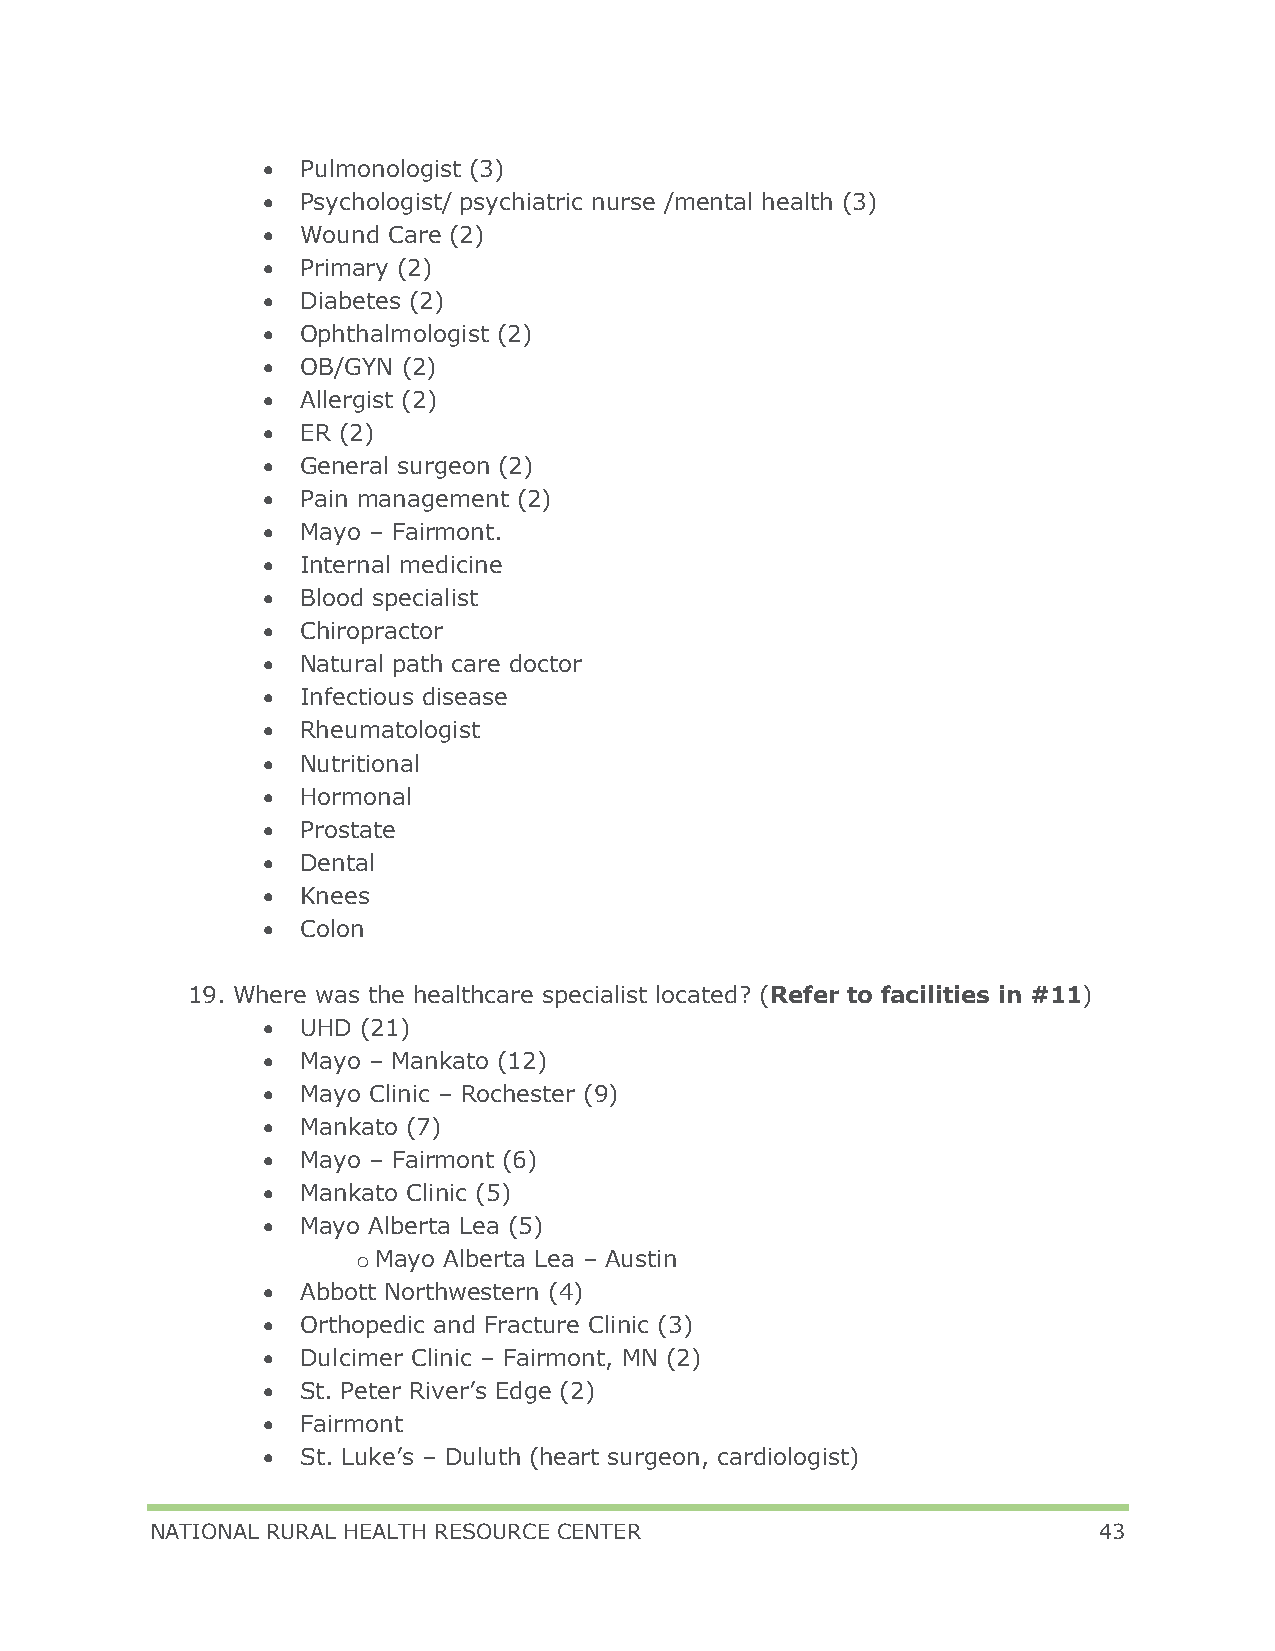
•  Pulmonologist (3)
 •  Psychologist/ psychiatric nurse /mental health (3)
 •  Wound Care (2)
 •  Primary (2)
 •  Diabetes (2)
 •  Ophthalmologist (2)
 •  OB/GYN (2)
 •  Allergist (2)
 •  ER (2)
 •  General surgeon (2)
 •  Pain management (2)
 •  Mayo – Fairmont.
 •  Internal medicine
 •  Blood specialist
 •  Chiropractor
 •  Natural path care doctor
 •  Infectious disease
 •  Rheumatologist
 •  Nutritional
 •  Hormonal
 •  Prostate
 •  Dental
 •  Knees
 •  Colon
 19. Where was the healthcare specialist located? (Refer to facilities in #11)
 •  UHD (21)
 •  Mayo – Mankato (12)
 •  Mayo Clinic – Rochester (9)
 •  Mankato (7)
 •  Mayo – Fairmont (6)
 •  Mankato Clinic (5)
 •  Mayo Alberta Lea (5)
 o Mayo Alberta Lea – Austin
 •  Abbott Northwestern (4)
 •  Orthopedic and Fracture Clinic (3)
 •  Dulcimer Clinic – Fairmont, MN (2)
 •  St. Peter River’s Edge (2)
 •  Fairmont
 •  St. Luke’s – Duluth (heart surgeon, cardiologist)
 NATIONAL RURAL HEALTH RESOURCE CENTER                          43